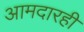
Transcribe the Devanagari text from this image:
आमदारही